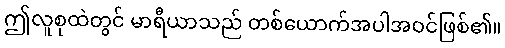
ဤလူစုထဲတွင် မာရီယာသည် တစ်ယောက်အပါအဝင်ဖြစ်၏။